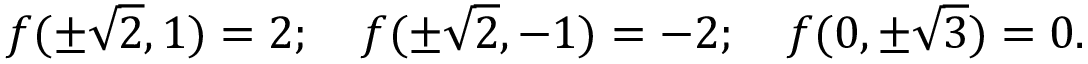
f ( \pm { \sqrt { 2 } } , 1 ) = 2 ; \quad f ( \pm { \sqrt { 2 } } , - 1 ) = - 2 ; \quad f ( 0 , \pm { \sqrt { 3 } } ) = 0 .